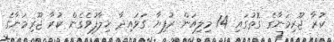
ކުރާ ޖޫރިމަނާގެ ގޮތުގައި 14 މިލިއަން ރުފިޔާ ގަވައިދާ ހިލާފުވެގެން ކުރާ ޖޫރިމަނާގެ